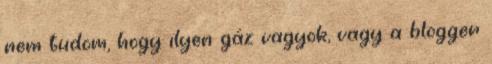
nem tudom, hogy ilyen gáz vagyok, vagy a blogger